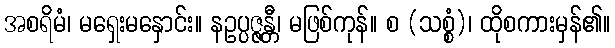
အစရိမံ၊ မရှေးမနှောင်း။ နဥပ္ပဇ္ဇန္တီ၊ မဖြစ်ကုန်။ စ (သစ္စံ)၊ ထိုစကားမှန်၏။